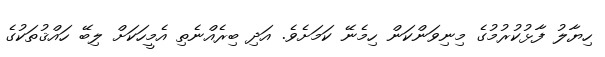
ހިޔާލު ފާޅުކުރުމުގެ މިނިވަންކަން ހިމެނޭ ކަމަށެވެ. އަދި ބިރެއްނެތި އެމީހަކަށް ލިބޭ ހައްޤުތަކުގެ